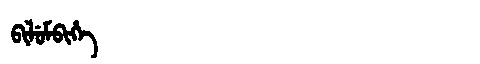
Manchu: ᠪᡳᠯᡠᠮᠪᡳᡥᡝ
Romanization: BILUMBIHE